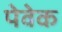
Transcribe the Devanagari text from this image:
पेवेक